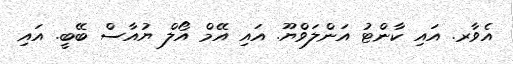
އެވާރ. އައި ކާންޓު އަންލަވްޔޫ. އައި އޭމް އޯލް ޔުއާސް ބޭބީ. އައި